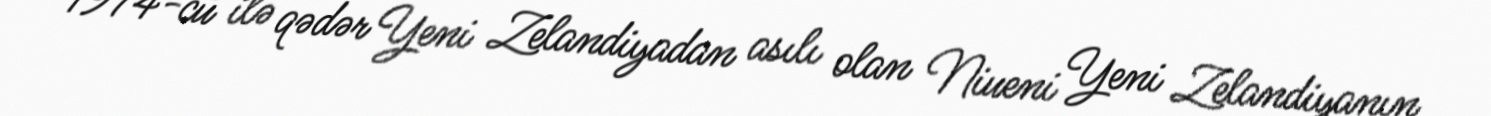
1974-cü ilə qədər Yeni Zelandiyadan asılı olan Niueni Yeni Zelandiyanın